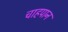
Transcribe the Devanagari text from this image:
चाहपान